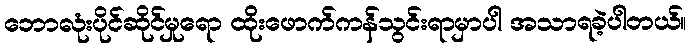
ဘောလုံးပိုင်ဆိုင်မှုရော ထိုးဖောက်ကန်သွင်းရာမှာပါ အသာရခဲ့ပါတယ်။